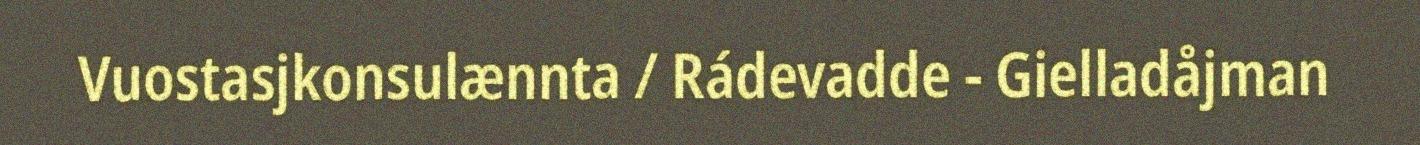
Vuostasjkonsulænnta / Rádevadde - Gielladåjman